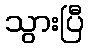
သွားပြီ